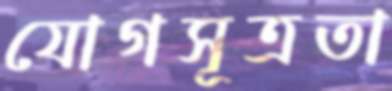
যোগসূত্রতা